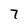
Character: 7